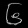
Digit: ၆